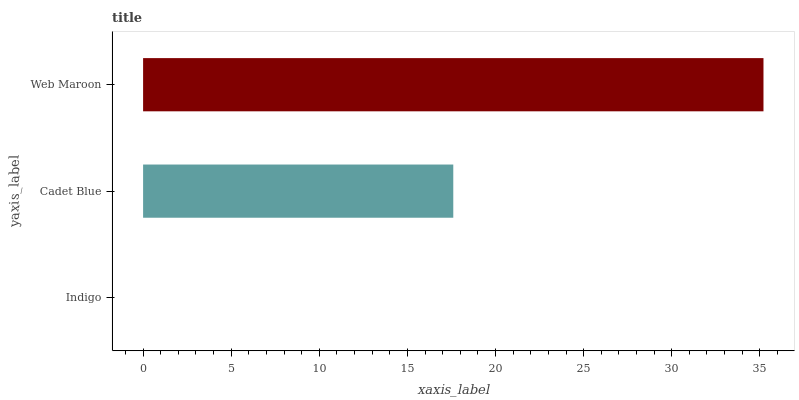
| yaxis_label | bars |
 | --- | --- |
 | Indigo | 0 |
 | Cadet Blue | 17.6 |
 | Web Maroon | 35.2 |